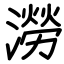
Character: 澇